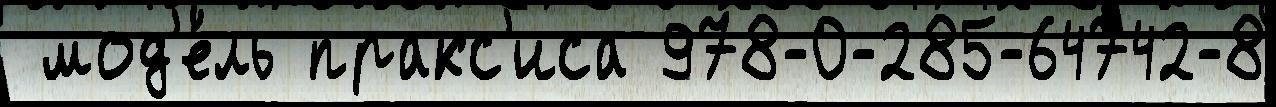
 мод'е́ль пракс'иса 978-0-285-64742-8